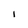
Character: I